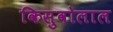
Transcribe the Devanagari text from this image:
किसुवोलाल